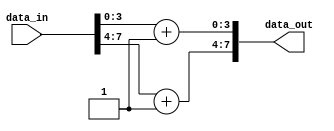
// Bouletsis Alexis
// Tsamouridis Anastasios Athanasios

`timescale 1ns / 1ps

// Encoder implementing a simple encoding
// task by adding 1 to each of the
// two 4-bit-characters that are given as
// input of 8 bit
module encoder(data_in, data_out);
	input[7:0] data_in;
	output[7:0] data_out;

	wire [3:0] char1, char2; 
	wire [3:0] out_char1, out_char2; 
	wire [7:0] data_out;
	
	assign char1 = data_in[3:0];
	assign char2 = data_in[7:4];
	assign out_char1 = char1 + 1'b1;
    assign out_char2 = char2 + 1'b1;

	assign data_out[3:0] = out_char1;
	assign data_out[7:4] = out_char2; 
endmodule